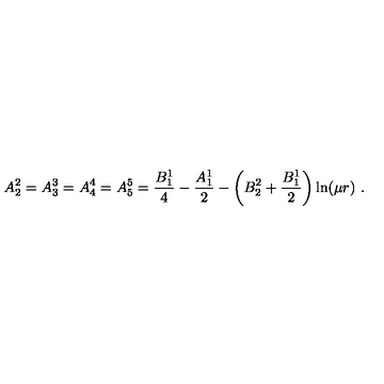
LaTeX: A _ { 2 } ^ { 2 } = A _ { 3 } ^ { 3 } = A _ { 4 } ^ { 4 } = A _ { 5 } ^ { 5 } = \frac { B _ { 1 } ^ { 1 } } 4 - \frac { A _ { 1 } ^ { 1 } } 2 - \left( B _ { 2 } ^ { 2 } + \frac { B _ { 1 } ^ { 1 } } 2 \right) \ln ( \mu r ) \ .